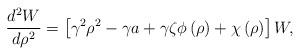
LaTeX: \begin{align*}\frac{d^{2}W}{d\rho^{2}}=\left[ {\gamma^{2}\rho^{2}-\gamma a+\gamma\zeta\phi\left( \rho\right) +\chi\left( \rho\right) }\right] W, \end{align*}